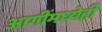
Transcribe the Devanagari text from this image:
आगींमध्येही